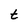
Character: t